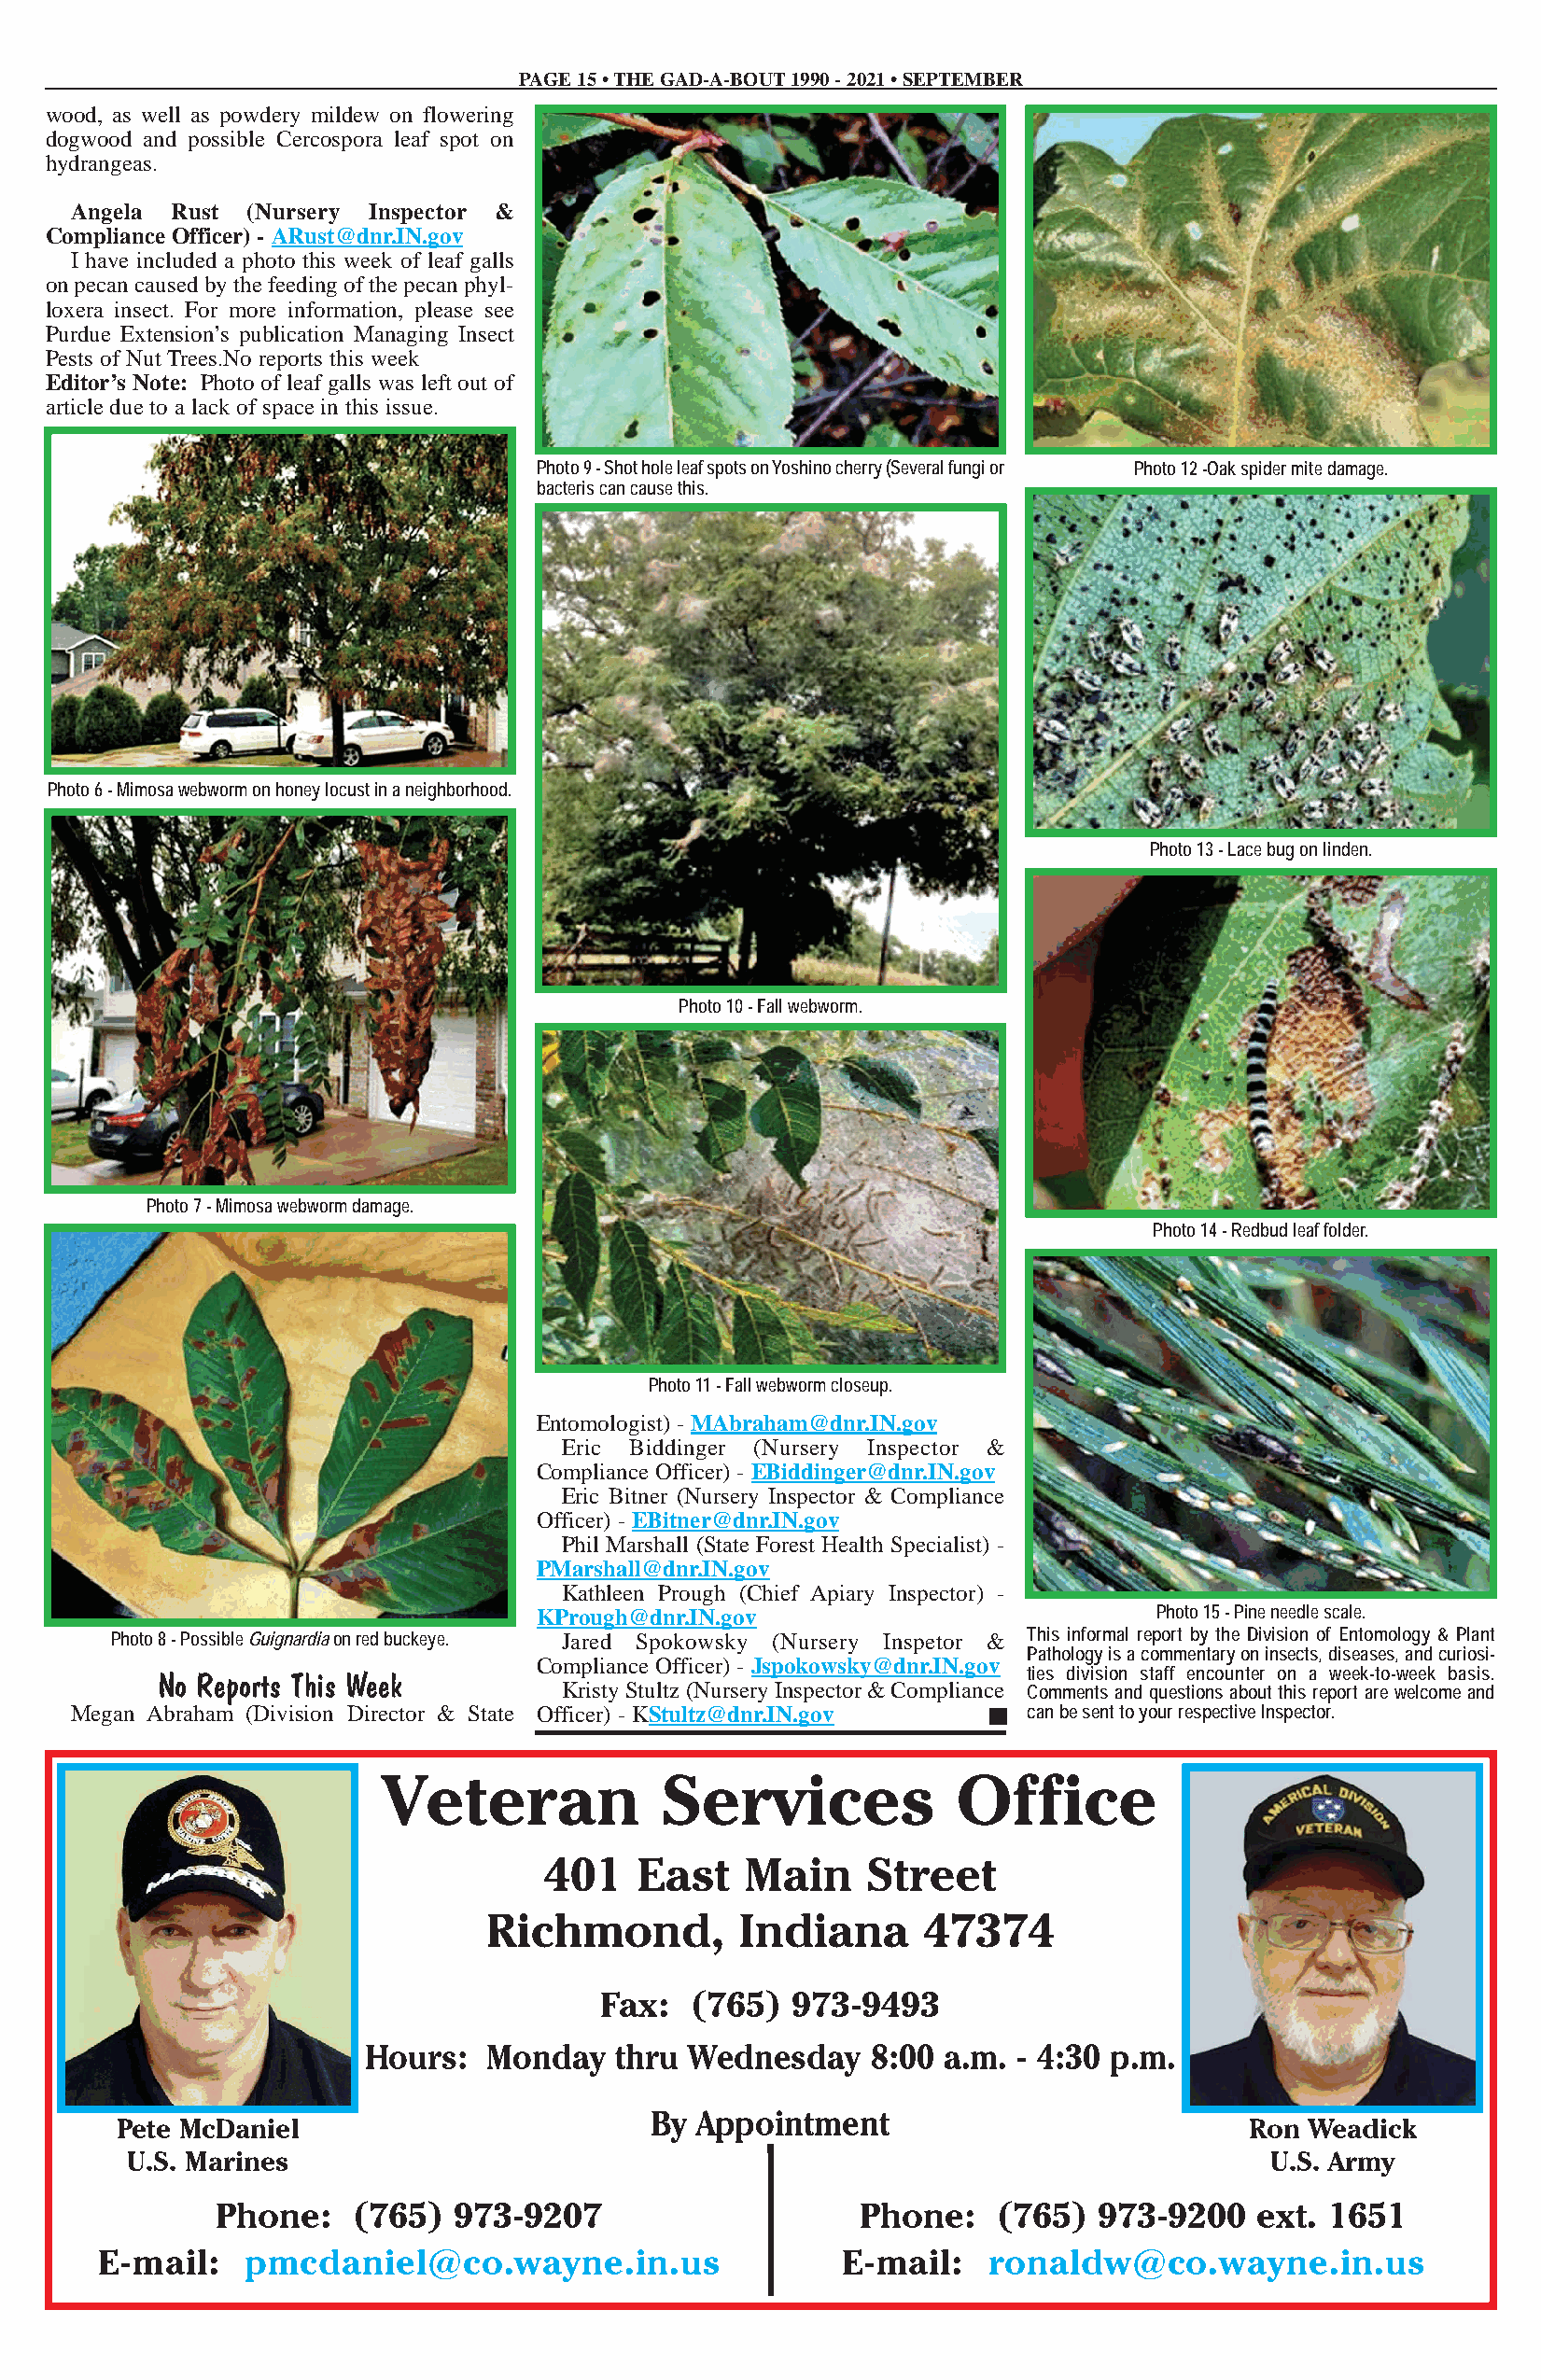
PAGE 15 • THE GAD-A-BOUT1990 - 2021 • SEPTEMBER
 wood, as well as powdery mildew on flowering
 dogwood and possible Cercospora leaf spot on
 hydrangeas.
 Angela Rust  (Nursery Inspector &
 Compliance Officer) - ARust@dnr.IN.gov
 I have included a photo this week of leaf galls
 on pecan caused by the feeding of the pecan phyl-
 loxera insect. For more information, please see
 Purdue Extension’s publication Managing Insect
 Pests of Nut Trees.No reports this week
 Editor’s Note: Photo of leaf galls was left out of
 article due to a lack of space in this issue.
 Photo 9 - Shot hole leaf spots on Yoshino cherry (Several fungi or Photo 12 -Oak spider mite damage.
 bacteris can cause this.
 Photo 6 - Mimosa webworm on honey locust in a neighborhood.
 Photo 13 - Lace bug on linden.
 Photo 10 - Fall webworm.
 Photo 7 - Mimosa webworm damage.
 Photo 14 - Redbud leaf folder.
 Photo 11 - Fall webworm closeup.
 Entomologist) - MAbraham@dnr.IN.gov
 Eric Biddinger (Nursery Inspector &
 Compliance Officer) - EBiddinger@dnr.IN.gov
 Eric Bitner (Nursery Inspector & Compliance
 Officer) - EBitner@dnr.IN.gov
 Phil Marshall (State Forest Health Specialist) -
 PMarshall@dnr.IN.gov
 Kathleen Prough (Chief Apiary Inspector) -
 KPrough@dnr.IN.gov                          Photo 15 - Pine needle scale.
 Photo 8 - Possible Guignardiaon red buckeye. Jared Spokowsky (Nursery Inspetor & This informal report by the Division of Entomology & Plant
 Pathology is a commentary on insects, diseases, and curiosi-
 Compliance Officer) - Jspokowsky@dnr.IN.gov
 ties division staff encounter on a week-to-week basis.
 No Reports This Week
 Kristy Stultz (Nursery Inspector & Compliance Comments and questions about this report are welcome and
 Megan Abraham (Division Director & State Officer) - KStultz@dnr.IN.gov can be sent to your respective Inspector.
 Veteran             Services             Office
 401   East    Main    Street
 Richmond,         Indiana      47374
 Fax:  (765)  973-9493
 Hours:   Monday   thru Wednesday    8:00 a.m. - 4:30 p.m.
 By Appointment
 Pete McDaniel                                                                    Ron Weadick
 U.S. Marines                                                                     U.S. Army
 Phone:    (765)  973-9207                     Phone:    (765)  973-9200   ext. 1651
 E-mail:   pmcdaniel@co.wayne.in.us                   E-mail:   ronaldw@co.wayne.in.us